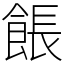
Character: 餦